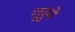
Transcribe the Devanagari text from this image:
शुरुमे